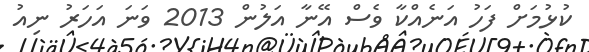
ކުޅުމަށް ފަހު އަނެއްކާ ވެސް އޭނާ އަލުން 2013 ވަނަ އަހަރު ނިއު